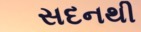
સદનથી